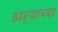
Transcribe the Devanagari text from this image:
झर्‍यांच्या